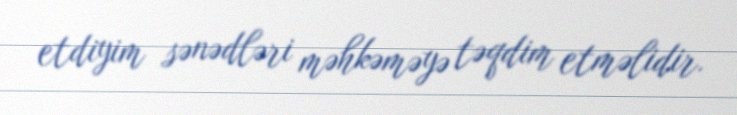
etdiyim sənədləri məhkəməyə təqdim etməlidir.